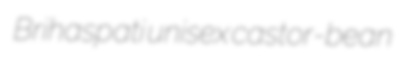
Brihaspati unisex castor-bean